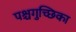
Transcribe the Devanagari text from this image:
पश्चगुच्छिका